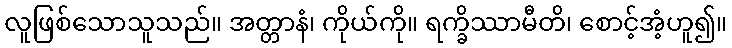
လူဖြစ်သောသူသည်။ အတ္တာနံ၊ ကိုယ်ကို။ ရက္ခိဿာမီတိ၊ စောင့်အံ့ဟူ၍။